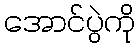
အောင်ပွဲကို